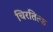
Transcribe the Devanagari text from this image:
चिरतित्क